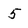
Character: 5